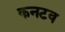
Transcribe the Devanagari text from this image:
कनटव